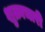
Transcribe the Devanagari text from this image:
शुक्राचारी